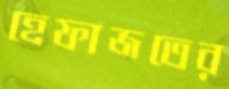
হেফাজতের